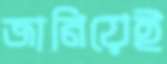
জানিয়েই